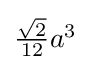
{\textstyle {{\sqrt {2}} \over 12}a^{3}}